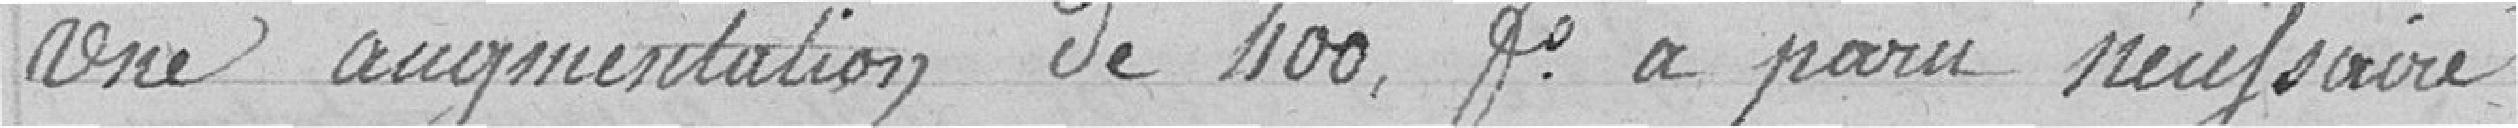
une augmentation de 400 francs a paru nécessaire